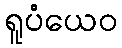
ရူပံယေဝ